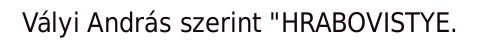
Vályi András szerint "HRABOVISTYE.